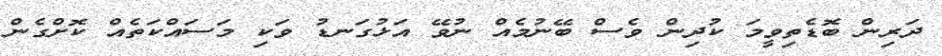
ދަރިން ބޮޑެތިވީމަ ކުދިން ވެސް ބޭނުމެއް ނުވޭ އަޅުގަނޑު ވަކި މަސައްކަތެއް ކޮށްގެން